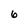
Character: 6